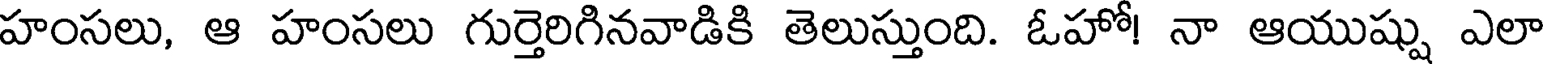
హంసలు, ఆ హంసలు గుర్తెరిగినవాడికి తెలుస్తుంది. ఓహో! నా ఆయుష్షు ఎలా